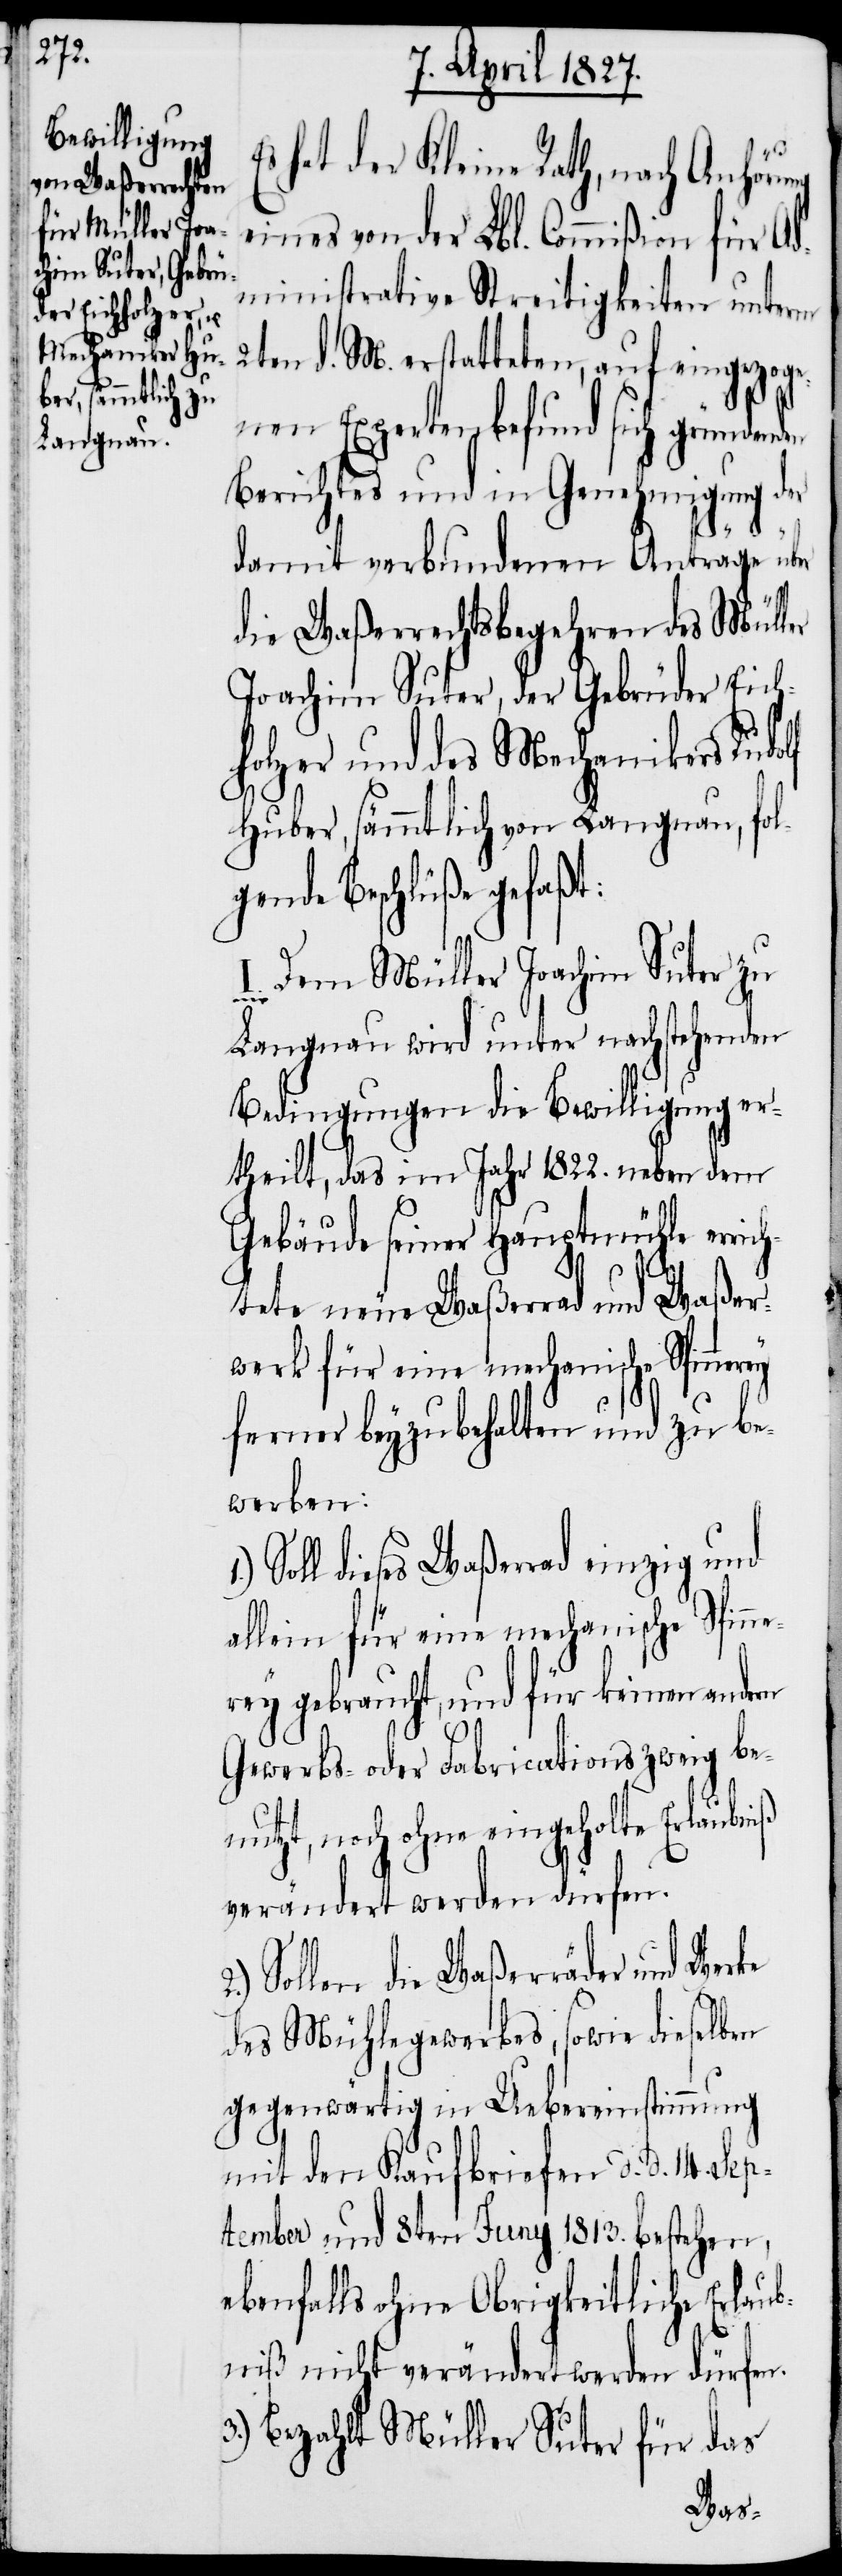
hat der Kleine Rath, nach Anhörung
eines von der Lbl. Commißion für Ad¬
ministrative Streitigkeiten unterm
2ten d. M. erstatteten, auf eingezoge¬
nen Expertenbefund sich gründenden
Berichtes und in Genehmigung der
rey
damit verbundenen Anträge über
die Waßerrechtsbegehren des Müller
Joachim Suter, der Gebrüder Eich¬
holzer und des Mechanikers Rudo¬
lf Huber, sämmtlich von Langnau, fol¬
gende Beschlüße gefaßt:
I. Dem Müller Joachim Suter zu
Langnau wird unter nachstehenden
Bedingungen die Bewilligung er¬
theilt, das im Jahr 1822. neben dem
Gebäude seiner Hauptmühle errich¬
tete neue Waßerrad und Waßer¬
werk für eine mechanische Spinne¬
ferner beyzubehalten und zu be¬
werben:
Soll dieses Waßerrad einzig und
allein für eine mechanische Spinne¬
rey gebraucht, und für keinen andern
Gewerbs- oder Fabricationszweig be¬
nutzt, noch ohne eingeholte Erlaubniß
verändert werden dürfen.
Sollen die Waßerräder und Werke
des Mühlegewerbes, sowie dieselben
gegenwärtig in Uebereinstimmung
mit den Kaufbriefen d. d. 14. Se¬
ptember und 8ten Juny 1813. bestehen,
ebenfalls ohne Obrigkeitliche Erlaub¬
niß nicht verändert werden dürfen.
3.) Bezahlt Müller Suter für das